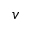
v